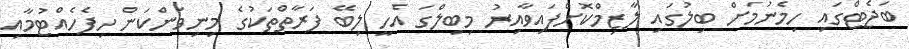
ބަޖެޓްގައި ހިމެނުމަށް ބިލުގައި ލާޒިމްކޮށްފައިވާއިރު މިބިލްގަ އެހީ ލިބޭ ފަރާތްތަކުގެ މިނިވަންކަން ހިފެހެއްޓުމާއި